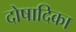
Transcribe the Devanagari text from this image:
दोषादिका